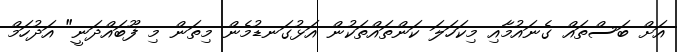
އަށް ބަސްތައް ގެނައުމާއި މިކަހަލަ ކަންތައްތަކުން އަޅުގަނޑުމެން މިތަން މި ފޫބައްދަނީ" އަދުހަމް